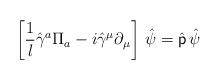
LaTeX: \begin{align*}\left[{1\over l}\hat\gamma^a\Pi_a -i\hat\gamma^\mu\partial_\mu\right]\ \!\hat\psi=\hat{\sf p}\ \!\hat\psi\end{align*}